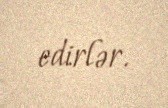
edirlər.